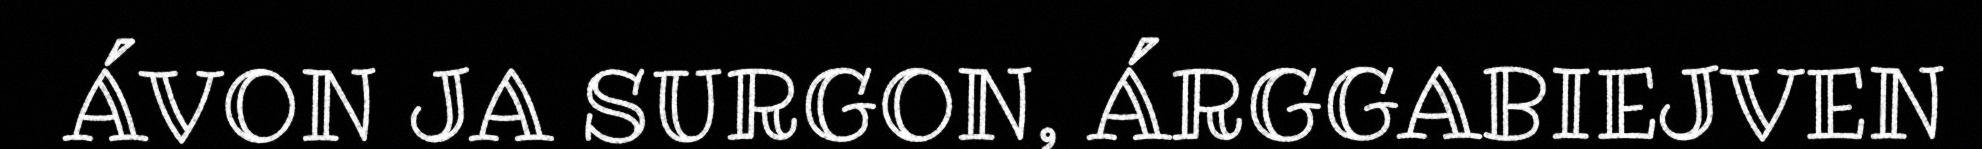
ÁVON JA SURGON, ÁRGGABIEJVEN